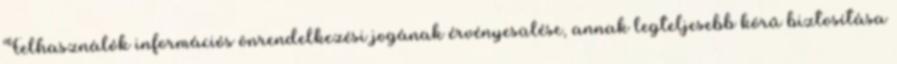
Felhasználók információs önrendelkezési jogának érvényesülése, annak legteljesebb körű biztosítása